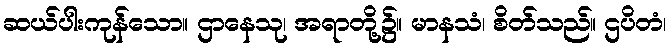
ဆယ်ပါးကုန်သော။ ဌာနေသု၊ အရာတို့၌။ မာနသံ၊ စိတ်သည်။ ဌပိတံ၊